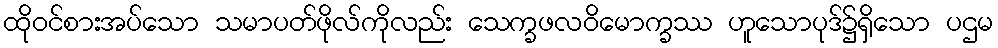
ထိုဝင်စားအပ်သော သမာပတ်ဖိုလ်ကိုလည်း သေက္ခဖလဝိမောက္ခဿ ဟူသောပုဒ်၌ရှိသော ပဌမ